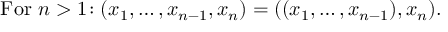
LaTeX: { \mathrm { F o r ~ } } n > 1 \! : ( x _ { 1 } , \ldots , x _ { n - 1 } , x _ { n } ) = ( ( x _ { 1 } , \ldots , x _ { n - 1 } ) , x _ { n } ) .